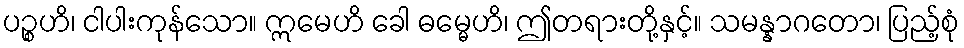
ပဉ္စဟိ၊ ငါပါးကုန်သော။ ဣမေဟိ ခေါ ဓမ္မေဟိ၊ ဤတရားတို့နှင့်။ သမန္နာဂတော၊ ပြည့်စုံ